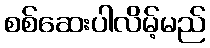
စစ်ဆေးပါလိမ့်မည်